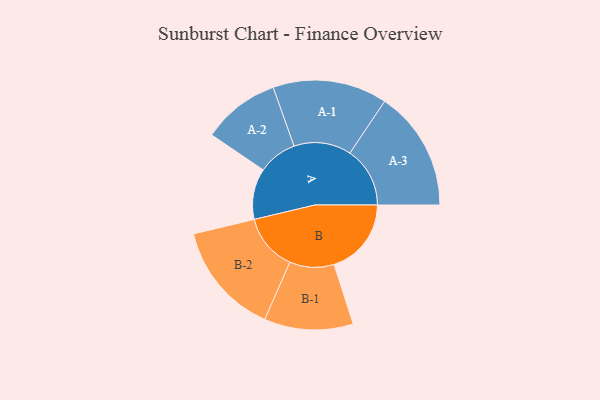
{"axis": {"x": "Segment", "y": "Value"}, "legend": ["", "A", "B"], "data": [{"x": "A", "y": 254, "type": ""}, {"x": "B", "y": 386, "type": ""}, {"x": "A-1", "y": 286, "type": "A"}, {"x": "A-2", "y": 194, "type": "A"}, {"x": "A-3", "y": 300, "type": "A"}, {"x": "B-1", "y": 222, "type": "B"}, {"x": "B-2", "y": 283, "type": "B"}]}